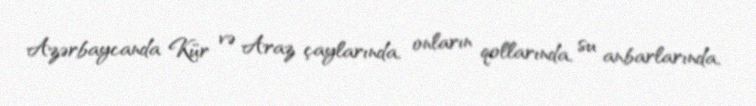
Azərbaycanda Kür və Araz çaylarında, onların qollarında, su anbarlarında,